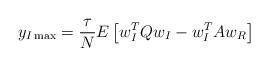
LaTeX: \begin{align*}y_{I\max}=\frac{\tau}{N}E\left[ w_{I}^{T}Qw_{I}-w_{I}^{T}Aw_{R}\right]\end{align*}